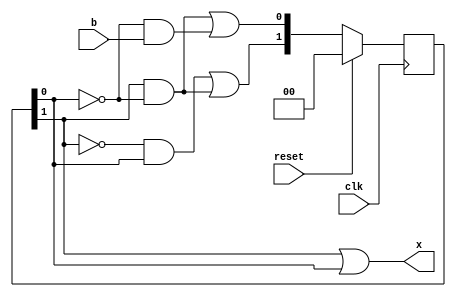
module laser_fsm_assign (
   input    clk,
   input    reset,
   input    b,
   output   x);
   
   wire [1:0] n;
   reg  [1:0] s;
   
   always @(posedge clk)
      if (reset)
         s <= 2'h0;
      else
         s <= n;
         
   assign n[1] = ~s[1] & s[0] | s[1] & ~s[0];
   assign n[0] = s[1] & ~s[0] | ~s[0] & b;
   assign x    = s[1] | s[0];
   
endmodule